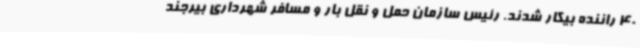
40 راننده بیکار شدند. رئیس سازمان حمل و نقل بار و مسافر شهرداری بیرجند